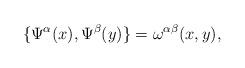
LaTeX: \begin{align*}\{ \Psi^\alpha(x),\Psi^\beta(y) \}=\omega^{\alpha\beta}(x,y),\end{align*}